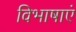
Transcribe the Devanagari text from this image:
विभाषाएं